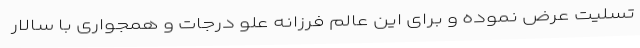
تسلیت عرض نموده و برای این عالم فرزانه علو درجات و همجواری با سالار